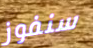
سنفوز